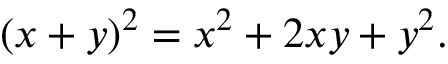
( x + y ) ^ { 2 } = x ^ { 2 } + 2 x y + y ^ { 2 } .